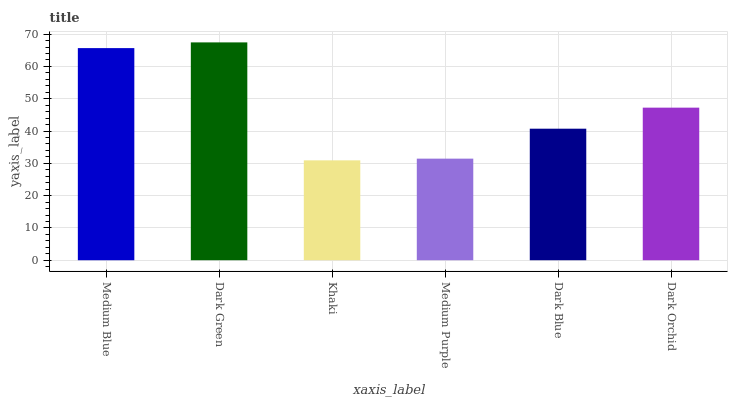
| xaxis_label | bars |
 | --- | --- |
 | Medium Blue | 65.7 |
 | Dark Green | 67.4 |
 | Khaki | 30.9 |
 | Medium Purple | 31.5 |
 | Dark Blue | 40.7 |
 | Dark Orchid | 47.2 |